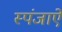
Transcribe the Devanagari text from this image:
स्पंजाऐं